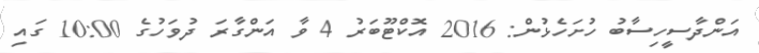
އަންދާސީހިސާބު ހުށަހެޅުން: 2016 އޮކްޓޫބަރު 4 ވާ އަންގާރަ ދުވަހުގެ 10:00 ގައި